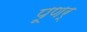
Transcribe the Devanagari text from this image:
पूणर्